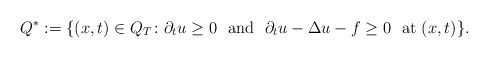
\begin{align*}Q^*:=\{(x,t)\in Q_T \colon \partial_t u \ge 0 \ \mbox{ and } \ \partial_t u-\Delta u-f\ge 0 \ \mbox{ at } (x,t)\}.\end{align*}